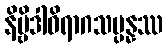
နိဗ္ဗိဒါဝိရာဂသမ္ပန္နဿ